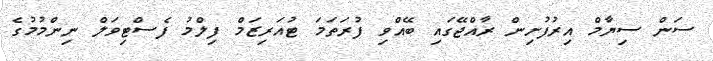
ސަން ސިޔާމް އިރުފުށިން ރާއްޖޭގައި ބޭއްވި ފުރަތަމަ ޓުއަރިޒަމް ފިލްމު ފެސްޓިވަލް ނިންމުމުގެ